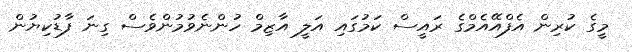
މީގެ ކުރިން އެފްއޭއެމްގެ ރައީސް ކަމުގައި އަލީ އާޒިމް ހުންނެވުމުންވެސް ގިނަ ފާޑުކިޔުން